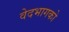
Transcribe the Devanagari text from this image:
वेदभागको